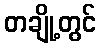
တချို့တွင်